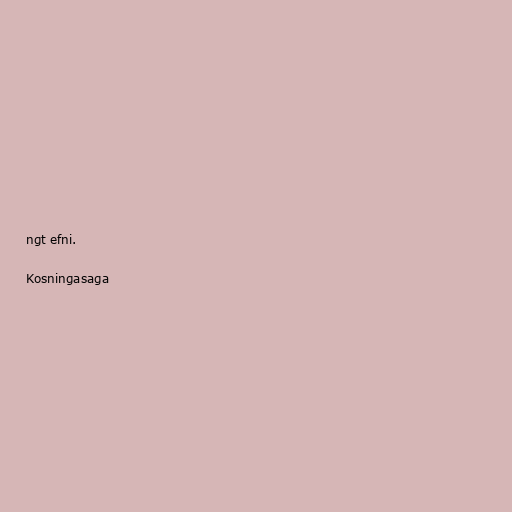
ngt efni.

Kosningasaga